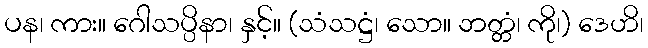
ပန၊ ကား။ ဂေါသပ္ပိနာ၊ နှင့်။ (သံသဋ္ဌံ၊ သော။ ဘတ္တံ၊ ကို၊) ဒေဟိ၊